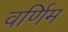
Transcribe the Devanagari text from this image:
वर्णिम